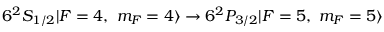
6 ^ { 2 } S _ { 1 / 2 } | F = 4 , \ m _ { F } = 4 \rangle \rightarrow 6 ^ { 2 } P _ { 3 / 2 } | F = 5 , \ m _ { F } = 5 \rangle